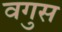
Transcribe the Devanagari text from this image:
वगुस